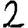
Digit: 2